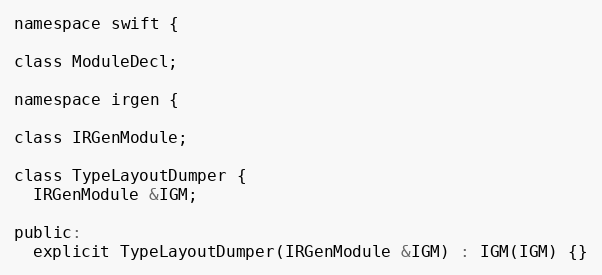
Language: C
namespace swift {

class ModuleDecl;

namespace irgen {

class IRGenModule;

class TypeLayoutDumper {
  IRGenModule &IGM;

public:
  explicit TypeLayoutDumper(IRGenModule &IGM) : IGM(IGM) {}